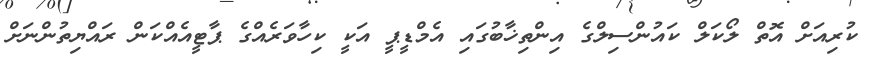
ކުރިއަށް އޮތް ލޯކަލް ކައުންސިލްގެ އިންތިޚާބުގައި އެމްޑީޕީ އަކީ ކިހާވަރެއްގެ ޕާޓީއެއްކަން ރައްޔިތުންނަށް